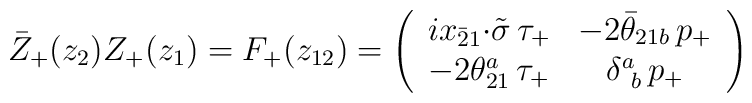
\bar{Z}_{+}(z_{2})Z_{+}(z_{1})=F_{+}(z_{12})=\left(\begin{array}{cc}ix_{\bar{2}1}{\cdot\tilde{\sigma}}\,\tau_{+}&-2\bar{\theta}_{21b}\,p_{+}\\-2\theta^{a}_{21}\,\tau_{+}&\delta^{a}_{~b}\,p_{+} \end{array}\right)